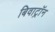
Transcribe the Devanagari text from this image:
बिवाट्रॉन